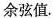
余弦值。